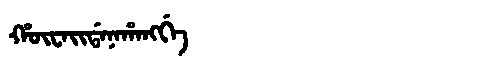
Manchu: ᡥᡡᠸᠠᡳᡩᠠᠨᠠᡥᠠᠩᡤᡝ
Romanization: HŪWAIDANAHANGGE